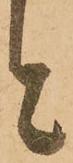
と